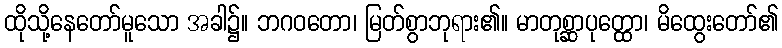
ထိုသို့နေတော်မူသော အခါ၌။ ဘဂဝတော၊ မြတ်စွာဘုရား၏။ မာတုစ္ဆာပုတ္ထော၊ မိထွေးတော်၏